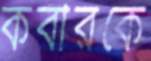
কবীরকে